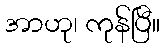
အာဟု၊ ကုန်ပြီ။